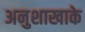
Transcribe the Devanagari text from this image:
अनुशाखाके